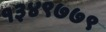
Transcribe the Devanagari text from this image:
१३४९७७९